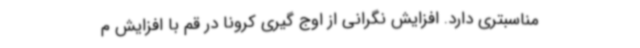
مناسبتری دارد. افزایش نگرانی‌ از اوج گیری کرونا در قم با افزایش م